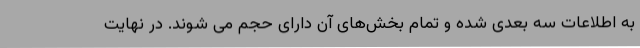
به اطلاعات سه بعدی شده و تمام بخش‌های آن دارای حجم می شوند. در نهایت